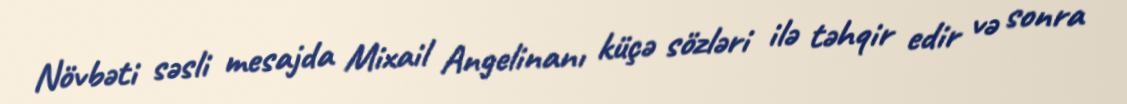
Növbəti səsli mesajda Mixail Angelinanı küçə sözləri ilə təhqir edir və sonra